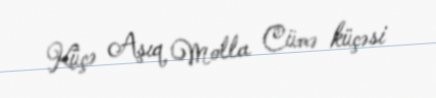
Küçə Aşıq Molla Cümə küçəsi